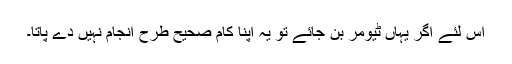
اس لئے اگر یہاں ٹیومر بن جائے تو یہ اپنا کام صحیح طرح انجام نہیں دے پاتا۔